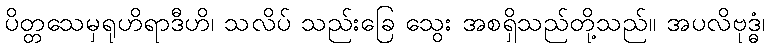
ပိတ္တသေမှရုဟိရာဒီဟိ၊ သလိပ် သည်းခြေ သွေး အစရှိသည်တို့သည်။ အပလိဗုဒ္ဓံ၊